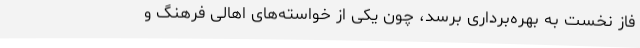
فاز نخست به بهره‌برداری برسد، چون یکی از خواسته‌های اهالی فرهنگ و